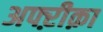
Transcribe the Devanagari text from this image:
अफ्ऱीक़ा